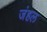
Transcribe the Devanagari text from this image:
जंहल